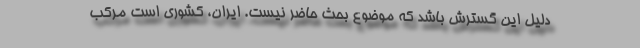
دلیل این گسترش باشد که موضوع بحث حاضر نیست. ایران، کشوری است مرکب